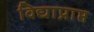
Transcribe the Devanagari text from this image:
विद्याप्राप्त